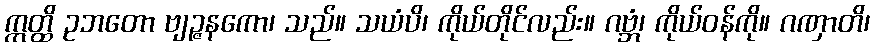
ဣတ္ထိ ဥဘတော ဗျဉ္ဇနကော၊ သည်။ သယံပိ၊ ကိုယ်တိုင်လည်း။ ဂဗ္ဘံ၊ ကိုယ်ဝန်ကို။ ဂဏှာတိ၊